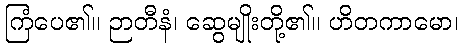
ကြံပေ၏။ ဉာတီနံ၊ ဆွေမျိုးတို့၏။ ဟိတကာမော၊